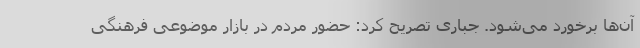
آن‌ها برخورد می‌شود. جباری تصریح کرد: حضور مردم در بازار موضوعی فرهنگی